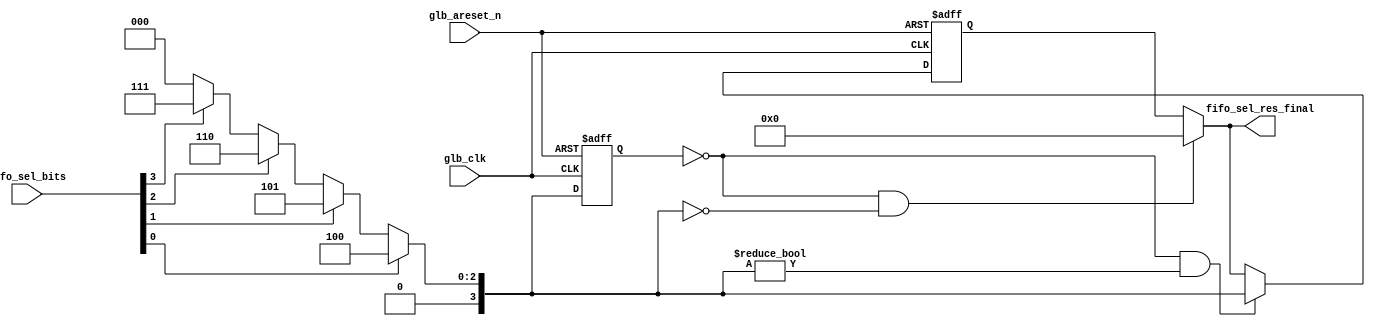
/****************************************          **
frame_decoder(fd)fifo          **
bus_mux and bus_demux**
fdbus_sel_bits   
 fifo_sel_bits **
 fifo_sel_res_final**
****************************************/
module fifo_sel_cal(
glb_areset_n,
glb_clk,

fifo_sel_bits,//frame_decoder(fd)fifo **
fifo_sel_res_final//  **

);
input glb_areset_n;
input glb_clk    ;


input        [3:0]   fifo_sel_bits;
output       [3:0]   fifo_sel_res_final;
reg          [3:0]   fifo_sel_res_final_r;
reg          [3:0]   fifo_sel_res_r;
reg          [3:0]   fifo_sel_res ;
//                 ***
// ***
// 0     ***
//     ***
//           ***
parameter CHOOSE_FIFO_0=  4'b0100;   //0**
parameter CHOOSE_FIFO_1=  4'b0101;   //0**
parameter CHOOSE_FIFO_2=  4'b0110;   //0**
parameter CHOOSE_FIFO_3=  4'b0111;   //0**
parameter NON_FIFO_CHOOSE=4'b0000;   //0**

always @(fifo_sel_bits)
begin
        if(fifo_sel_bits[0])
        begin
            fifo_sel_res=CHOOSE_FIFO_0;
        end
        else if(fifo_sel_bits[1])
        begin
            fifo_sel_res=CHOOSE_FIFO_1;
        end
        else if(fifo_sel_bits[2])
        begin
            fifo_sel_res=CHOOSE_FIFO_2;
        end
        else if(fifo_sel_bits[3])
        begin
            fifo_sel_res=CHOOSE_FIFO_3;
        end
        else fifo_sel_res=NON_FIFO_CHOOSE;
end

//NON_FIFO_CHOOSE**
assign fifo_sel_res_final=(fifo_sel_res_r==NON_FIFO_CHOOSE&&fifo_sel_res==NON_FIFO_CHOOSE)?
                         NON_FIFO_CHOOSE:fifo_sel_res_final_r;
always @(posedge glb_clk or negedge glb_areset_n)
begin
    if(!glb_areset_n)
    begin
        fifo_sel_res_r<=4'h0;
        fifo_sel_res_final_r<=4'h0;
    end
    else
    begin
        //NON_FIFO_CHOOSE   **
        //
        if(fifo_sel_res_r==NON_FIFO_CHOOSE&&fifo_sel_res!=NON_FIFO_CHOOSE)
            fifo_sel_res_final_r<=fifo_sel_res;
        //NON_FIFO_CHOOSE  NON_FIFO_CHOOSE  **
        //NON_FIFO_CHOOSE **
        else if(fifo_sel_res_r==NON_FIFO_CHOOSE&&fifo_sel_res==NON_FIFO_CHOOSE)
            fifo_sel_res_final_r<=NON_FIFO_CHOOSE;
        else;// final **
             //***
        
        
        //fifo_sel_res_r***
        fifo_sel_res_r<=fifo_sel_res;    
    end
end
endmodule